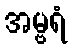
အမ္ဗရံ